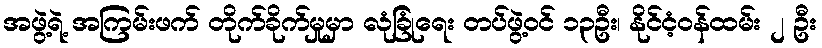
အဖွဲ့ရဲ့ အကြမ်းဖက် တိုက်ခိုက်မှုမှာ လုံခြုံရေး တပ်ဖွဲ့ဝင် ၁၃ဦး၊ နိုင်ငံ့ဝန်ထမ်း ၂ ဦး